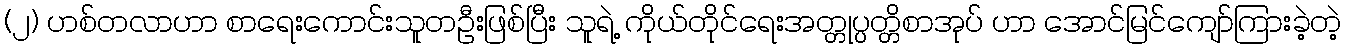
(၂) ဟစ်တလာဟာ စာရေးကောင်းသူတဦးဖြစ်ပြီး သူရဲ့ ကိုယ်တိုင်ရေးအတ္တုပ္ပတ္တိစာအုပ် ဟာ အောင်မြင်ကျော်ကြားခဲ့တဲ့